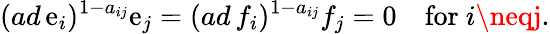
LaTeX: (ad\, \mathrm{e}_{i})^{1-a_{ij}}\mathrm{e}_{j}=(ad\, f_{i})^{1-a_{ij}}f_{j}=0\quad\mathrm{{for~}}i\neqj.